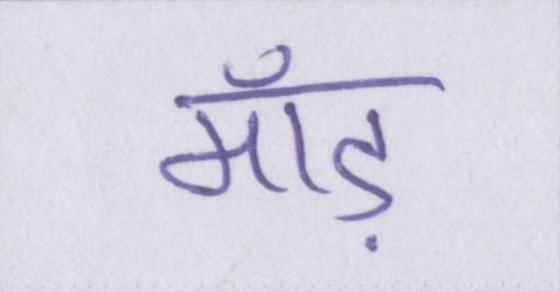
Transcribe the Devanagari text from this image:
माँड़